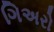
ગિઅરો